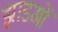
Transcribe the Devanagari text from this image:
झाडओं